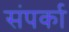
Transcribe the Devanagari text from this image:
संपर्का